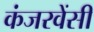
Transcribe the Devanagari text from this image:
कंजरवेंसी